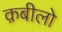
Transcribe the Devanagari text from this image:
क़बीलो